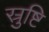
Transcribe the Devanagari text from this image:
स्रुष्टि